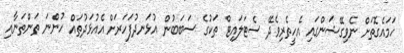
ހަމައެގޮތަށް ނެވިގޭޝަންގައި އެހީތެރިވެދޭ ސެޓަލައިޓް ތަކުގެ ސަބަބުން އުޅަނދުފަހަރަށް އެއުޅަދުތައް ހުންނަ ތަންތަނާއި